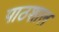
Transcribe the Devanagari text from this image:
पाठशाल